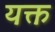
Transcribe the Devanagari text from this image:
यक्त